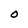
Character: o